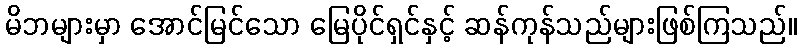
မိဘများမှာ အောင်မြင်သော မြေပိုင်ရှင်နှင့် ဆန်ကုန်သည်များဖြစ်ကြသည်။